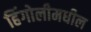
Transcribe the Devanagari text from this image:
हिंगोलीमधील